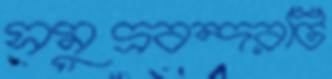
সমুদ্রবন্দরটি